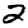
Digit: 2